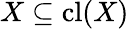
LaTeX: X\subseteq\operatorname{cl}(X)